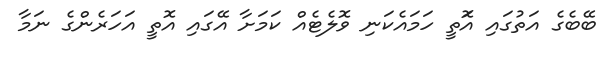
ބޭބެގެ އަތުގައި އަޮތީ ހަމައެކަނި ވޮލެޓެއް ކަމަށާ އޭގައި އޮތީ އަހަރެންގެ ނަމާ